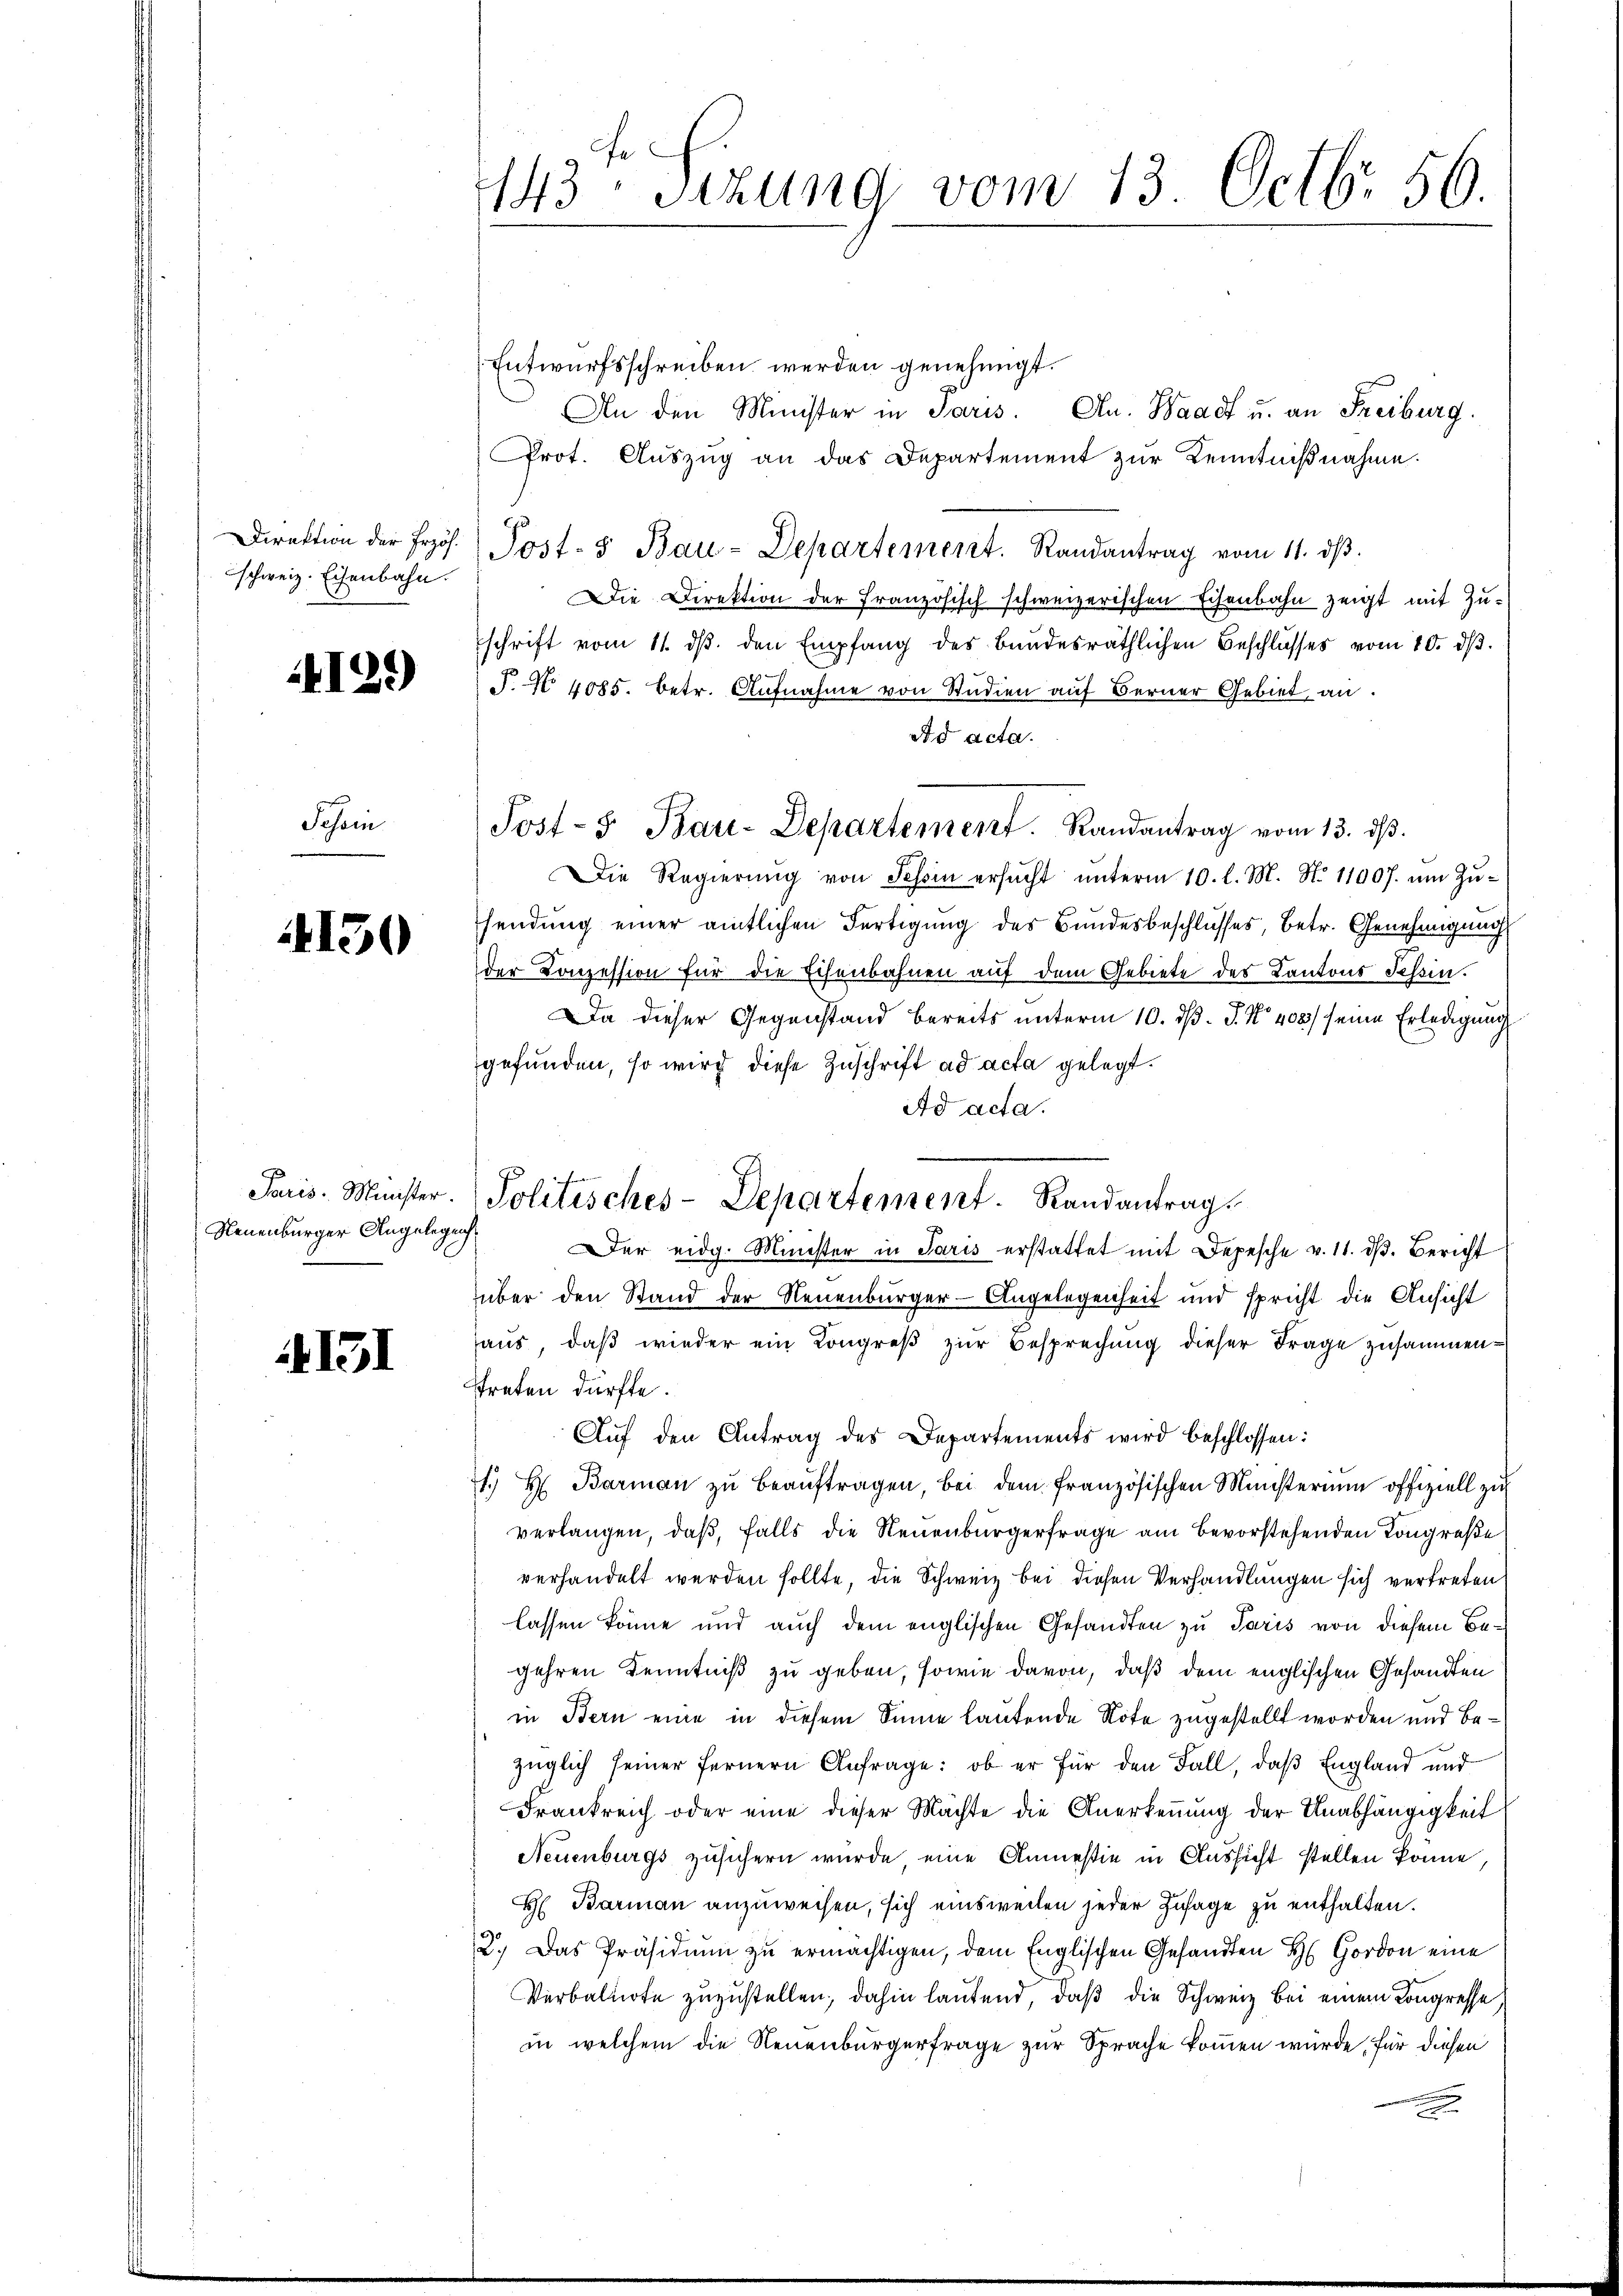
schweiz. Eisenbahn.

129)

Schön

4130

Neuenburger Angelegenh

151

143ten Sizung vom 13. Octb. 56.

Entwurfsschreiben werden genehmigt.
An den Minister in Paris. An Waadt u. an Freiburg.
Prot. Auszug an das Departement zur Kenntnißnahme.
Direktion der fros. Post- & Bau-Departement. Randantrag vom 11. dβ.
Die Direktion der französisch schweizerischen Eisenbahn zeigt mit Zuschrift vom 11. dβ. den Empfang des Bundesräthlichen Beschlusses vom 10. dβ.
P. No 4085. Betr. Aufnahme von Studien auf Berner Gebiet an.
ad acta.
Die Regierŭng von Tessin ersŭcht ŭnterm 10. l. M. N. 11007. ŭm Zŭ-
sendung einer amtlichen Fertigung des Bundesbeschlusses, betr. Genehmigung
der Conzession für die Eisenbahnen auf dem Gebiete des Kantons Tessin.
Da dieser Gegenstand bereits unterm 10. d. J. No 408/ seine Erledigung
gefunden, so wird diese Zuschrift ad acta gelegt.
Ad acta.
er eidg. Minister in Paris erstattet mit Depesche v. 11. d. Bericht
über den Stand der Neuenburger-Angelegenheit und spricht die Ansicht
haus, daß wieder ein Kongreß zur Besprechung dieser Frage zusammenstreten dürfte.
Aŭf den Antrag des Departements wird beschlossen:
7. H. Barmaṅ zŭ beaŭftragen, bei dem französischen Ministerium offiziell zu
verlangen, daß, falls die Neuenburgerfrage am bevorstehenden Kongreße
verhandelt werden sollte, die Schweiz bei diesen Verhandlungen sich vertreten,
lassen könne und auch dem englischen Gesandten zu Paris von diesem Begehren Kenntniß zu geben, sowie davon, daß dem englischen Gesandten
in Bern eine in diesem Sinne lautende Note zugestellt worden und bezüglich seiner fernern Anfrage: ob er für den Fall, daß England und
Frankreich oder eine dieser Mächte die Anerkennung der Unabhängigkeit
Neuenburgs zusichern wurde eine Anmesie in Aussicht stellen könne,
H Barman anzuweisen, sich einsweilen jeder Zusage zu enthalten.
2.) Das Präsidium zu ermächtigen, dem Englischen Gesandten H Gordon eine
Verbalnote zuzustellen, dahin lautend, daß die Schweiz bei einem Kongresse
in welchem die Neuenburgerfrage zur Sprache kommen würde, für diesen
.

Post- u Bau-Departement. Randantrag vom 13. dβ.

Paris. Minister. Politisches-Departement. Randantrag.